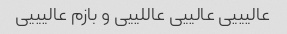
عالیییی عالییی عاللییی و بازم عالیییی